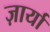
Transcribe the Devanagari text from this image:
ज़ार्या